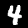
Label: 4